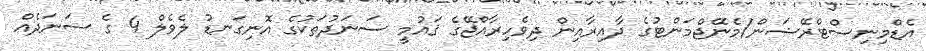
އެޑްމިނިސްޓްރޭޝަން/މެނޭޖްމަންޓުގެ ދާއިރާއިން ދިވެހިރާއްޖޭގެ ޤައުމީ ސަނަދުތަކުގެ އޮނިގަނޑު ލެވެލް 4 ގެ ސަނަދެއް